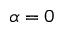
\alpha = 0